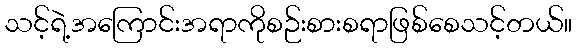
သင့်ရဲ့အကြောင်းအရာကိုစဉ်းစားစရာဖြစ်စေသင့်တယ်။